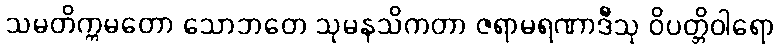
သမတိက္ကမတော သောဘတေ သုမနသိကတာ ဇရာမရဏာဒီသု ဝိပတ္တိဝါရော